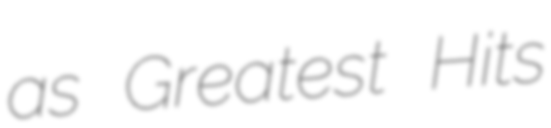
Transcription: as Greatest Hits